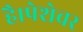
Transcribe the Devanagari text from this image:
है।पेशेवर